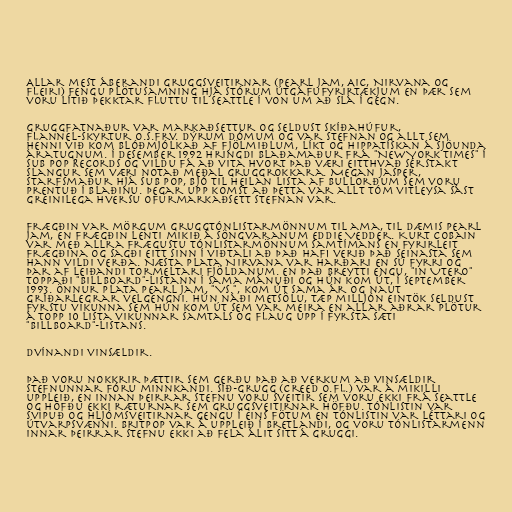
Allar mest áberandi gruggsveitirnar (Pearl Jam, AIC, Nirvana og
fleiri) fengu plötusamning hjá stórum útgáfufyrirtækjum en þær sem
voru lítið þekktar fluttu til Seattle í von um að slá í gegn.

Gruggfatnaður var markaðsettur og seldust skíðahúfur,
flannel-skyrtur o.s.frv. dýrum dómum og var stefnan og allt sem
henni við kom blóðmjólkað af fjölmiðlum, líkt og hippatískan á sjöunda
áratugnum. Í desember 1992 hringdi blaðamaður frá "New York Times" í
Sub Pop Records og vildu fá að vita hvort það væri eitthvað sérstakt
slangur sem væri notað meðal gruggrokkara. Megan Jasper,
starfsmaður hjá Sub Pop, bjó til heilan lista af bullorðum sem voru
prentuð í blaðinu. Þegar upp komst að þetta var allt tóm vitleysa sást
greinilega hversu ofurmarkaðsett stefnan var.

Frægðin var mörgum gruggtónlistarmönnum til ama, til dæmis Pearl
Jam, en frægðin lenti mikið á söngvaranum Eddie Vedder. Kurt Cobain
var með allra frægustu tónlistarmönnum samtímans en fyrirleit
frægðina og sagði eitt sinn í viðtali að það hafi verið það seinasta sem
hann vildi verða. Næsta plata Nirvana var harðari en sú fyrri og
þar af leiðandi tormeltari fjöldanum. En það breytti engu, "In Utero"
toppaði "Billboard"-listann í sama mánuði og hún kom út, í september
1993. Önnur plata Pearl Jam, "Vs.", kom út sama ár og naut
gríðarlegrar velgengni. Hún náði metsölu, tæp milljón eintök seldust
fyrstu vikunna sem hún kom út sem var meira en allar aðrar plötur
á topp 10 lista vikunnar samtals og flaug upp í fyrsta sæti
"Billboard"-listans.

Dvínandi vinsældir.

Það voru nokkrir þættir sem gerðu það að verkum að vinsældir
stefnunnar fóru minnkandi. Síð-grugg (Creed o.fl.) var á mikilli
uppleið, en innan þeirrar stefnu voru sveitir sem voru ekki frá Seattle
og höfðu ekki ræturnar sem gruggsveitirnar höfðu. Tónlistin var
svipuð og hljómsveitirnar gengu í eins fötum en tónlistin var léttari og
útvarpsvænni. Britpop var á uppleið í Bretlandi, og voru tónlistarmenn
innar þeirrar stefnu ekki að fela álit sitt á gruggi.